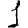
Digit: 1